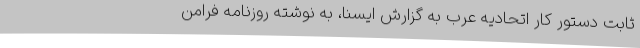
ثابت دستور کار اتحادیه عرب به گزارش ایسنا، به نوشته روزنامه فرامن